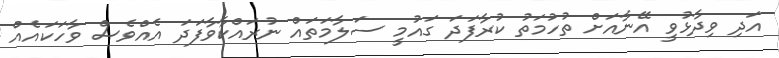
އަދި ވިދާޅުވީ އޭނާއަށް ތުހުމަތު ކުރާފަދަ ގައުމީ ސަލާމަތައް ނުރައްކާވާފަދަ އެއްވެސް ވާހަކައެއް